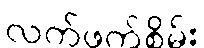
လက်ဖက်စိမ်း